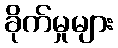
ခိုက်မှုများ